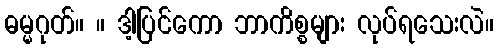
ဓမ္မဂုတ်။ ။ ဒါ့ပြင်ကော ဘာကိစ္စများ လုပ်ရသေးလဲ။